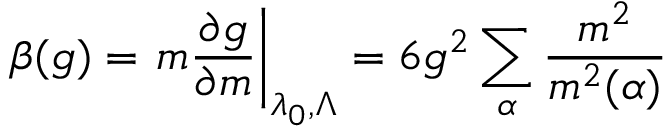
\beta ( g ) = \left. m \frac { \partial g } { \partial m } \right| _ { \lambda _ { 0 } , \Lambda } = 6 g ^ { 2 } \sum _ { \alpha } \frac { m ^ { 2 } } { m ^ { 2 } ( \alpha ) }